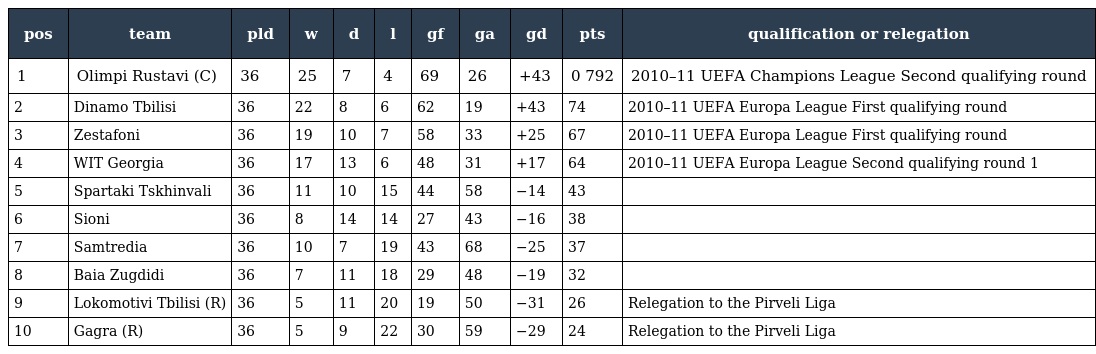
| pos | team | pld | w | d | l | gf | ga | gd | pts | qualification or relegation |
 | --- | --- | --- | --- | --- | --- | --- | --- | --- | --- | --- |
 | 1 | Olimpi Rustavi (C) | 36 | 25 | 7 | 4 | 69 | 26 | +43 | 0 792 | 2010–11 UEFA Champions League Second qualifying round |
 | 2 | Dinamo Tbilisi | 36 | 22 | 8 | 6 | 62 | 19 | +43 | 74 | 2010–11 UEFA Europa League First qualifying round |
 | 3 | Zestafoni | 36 | 19 | 10 | 7 | 58 | 33 | +25 | 67 | 2010–11 UEFA Europa League First qualifying round |
 | 4 | WIT Georgia | 36 | 17 | 13 | 6 | 48 | 31 | +17 | 64 | 2010–11 UEFA Europa League Second qualifying round 1 |
 | 5 | Spartaki Tskhinvali | 36 | 11 | 10 | 15 | 44 | 58 | −14 | 43 |  |
 | 6 | Sioni | 36 | 8 | 14 | 14 | 27 | 43 | −16 | 38 |  |
 | 7 | Samtredia | 36 | 10 | 7 | 19 | 43 | 68 | −25 | 37 |  |
 | 8 | Baia Zugdidi | 36 | 7 | 11 | 18 | 29 | 48 | −19 | 32 |  |
 | 9 | Lokomotivi Tbilisi (R) | 36 | 5 | 11 | 20 | 19 | 50 | −31 | 26 | Relegation to the Pirveli Liga |
 | 10 | Gagra (R) | 36 | 5 | 9 | 22 | 30 | 59 | −29 | 24 | Relegation to the Pirveli Liga |